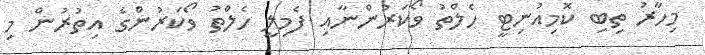
މިހާރު ތިބި ކޮމިއުނިޓީ ހެލްތު ވޯކަރުންނާއި ފެމިލީ ހެލްތު ވޯކަރުންގެ އިތުރުން މި